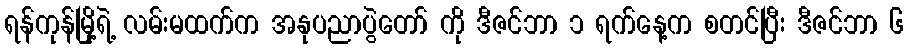
ရန်ကုန်မြို့ရဲ့ လမ်းမထက်က အနုပညာပွဲတော် ကို ဒီဇင်ဘာ ၁ ရက်နေ့က စတင်ပြီး ဒီဇင်ဘာ ၆